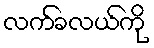
လက်ခလယ်ကို